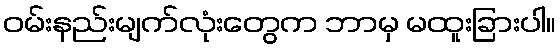
ဝမ်းနည်းမျက်လုံးတွေက ဘာမှ မထူးခြားပါ။